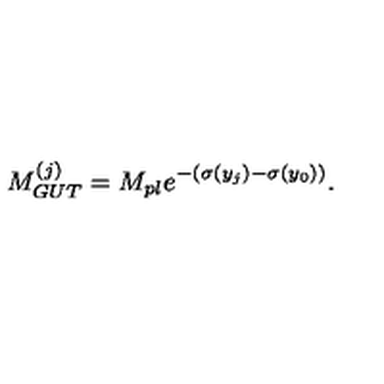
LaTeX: M _ { G U T } ^ { ( j ) } = M _ { p l } e ^ { - ( \sigma ( y _ { j } ) - \sigma ( y _ { 0 } ) ) } . \,